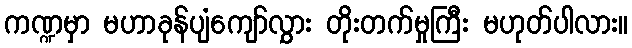
ကဏ္ဍမှာ မဟာခုန်ပျံကျော်လွှား တိုးတက်မှုကြီး မဟုတ်ပါလား။